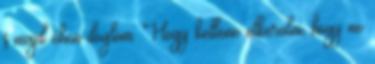
s majd éhen döglöm. Hogy kellene elkerülni, hogy ne